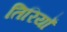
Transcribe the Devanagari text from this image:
तिरियाँ